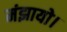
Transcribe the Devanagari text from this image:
मंझायो।